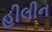
હીલીન